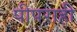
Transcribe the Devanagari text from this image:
पीपराही